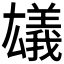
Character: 𠬗